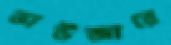
ভাউজারে